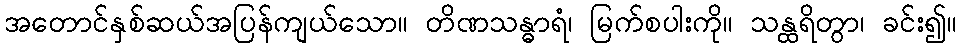
အတောင်နှစ်ဆယ်အပြန်ကျယ်သော။ တိဏသန္ဓာရံ၊ မြက်စပါးကို။ သန္ထရိတွာ၊ ခင်း၍။